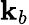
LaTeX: \mathbf{k}_{b}